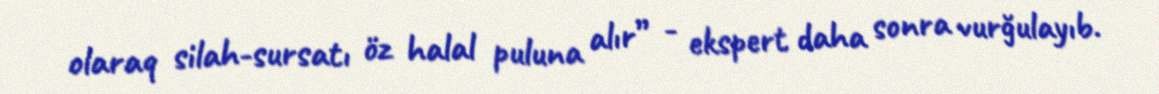
olaraq silah-sursatı öz halal puluna alır” - ekspert daha sonra vurğulayıb.